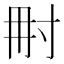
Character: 𡬥